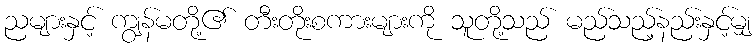
ညများနှင့် ကျွန်မတို့၏ တီးတိုးစကားများကို သူတို့သည် မည်သည့်နည်းနှင့်မျှ